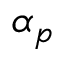
\alpha _ { p }